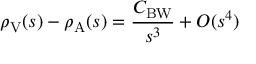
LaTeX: \rho _ { \mathrm { V } } ( s ) - \rho _ { \mathrm { A } } ( s ) = { \frac { C _ { \mathrm { B W } } } { s ^ { 3 } } } + { \cal O } ( s ^ { 4 } )